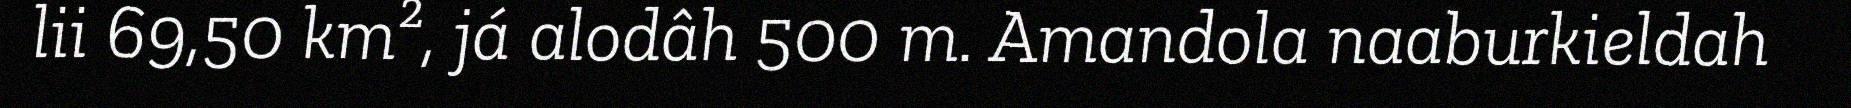
lii 69,50 km², já alodâh 500 m. Amandola naaburkieldah